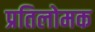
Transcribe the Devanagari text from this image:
प्रतिलोमक